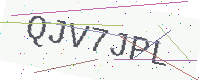
Text: QJV7JPL